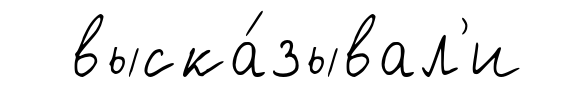
выска́зывал'и